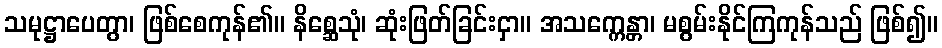
သမုဋ္ဌာပေတွာ၊ ဖြစ်စေကုန်၏။ နိစ္ဆေသုံ၊ ဆုံးဖြတ်ခြင်းငှာ။ အသက္ကေန္တာ၊ မစွမ်းနိုင်ကြကုန်သည် ဖြစ်၍။